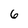
Character: 6